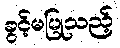
ခွင့်မပြုသည့်